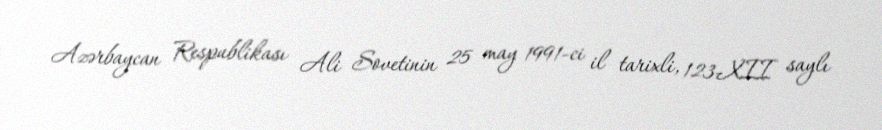
Azərbaycan Respublikası Ali Sovetinin 25 may 1991-ci il tarixli, 123-XII saylı